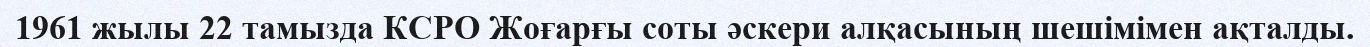
1961 жылы 22 тамызда КСРО Жоғарғы соты әскери алқасының шешімімен ақталды.